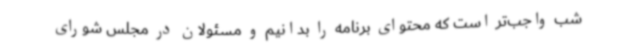
شب واجب‌تر است که محتوای برنامه را بدانیم و مسئولان در مجلس شورای